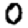
Digit: 0